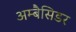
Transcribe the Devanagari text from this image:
अम्बैसिडर